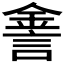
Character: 𨧕